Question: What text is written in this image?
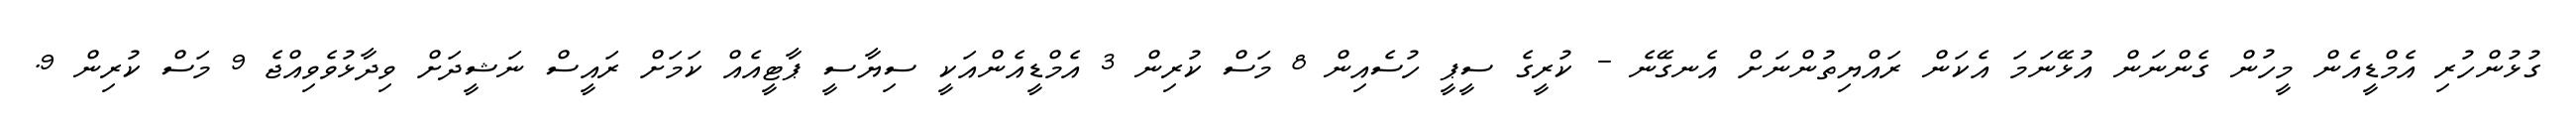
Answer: ގުޅުންހުރި އެމްޑީއެން މީހުން ގެންނަން އުޅޭނަމަ އެކަން ރައްޔިތުންނަށް އެނގޭނެ - ކުރީގެ ސީޕީ ހުސެއިން 8 މަސް ކުރިން 3 އެމްޑީއެންއަކީ ސިޔާސީ ޕާޓީއެއް ކަމަށް ރައީސް ނަޝީދަށް ވިދާޅުވެވިއްޖެ 9 މަސް ކުރިން 9.